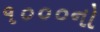
૧૦૦૦નો